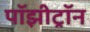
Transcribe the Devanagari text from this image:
पॉझीट्रॉन